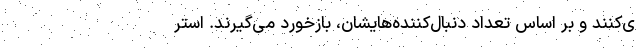
ی‌کنند و بر اساس تعداد دنبال‌کننده‌هایشان، بازخورد می‌گیرند. استر